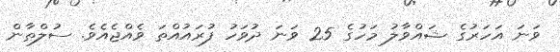
ވަނަ އަހަރުގެ ޝައްވާލު މަހުގެ 25 ވަނަ ދުވަހު ފުރައުއްތަ ވެއްޖެއެވެ. ސުލްޠާން